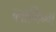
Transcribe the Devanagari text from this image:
ब्लागिन्ग